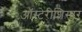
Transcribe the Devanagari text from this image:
ऑस्टेरीशिस्षर